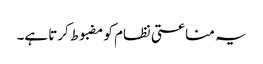
یہ مناعتی نظام کو مضبوط کرتا ہے۔